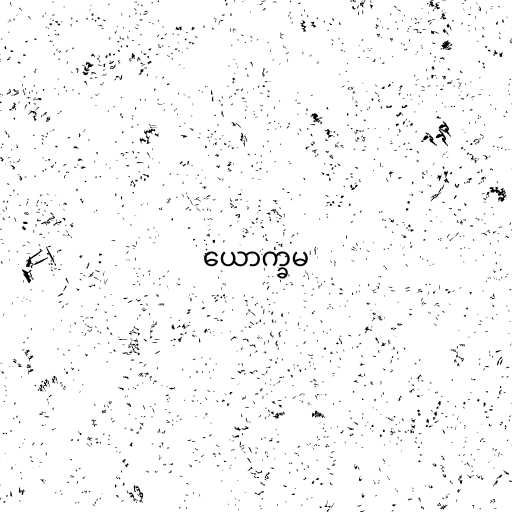
ယောက္ခမ